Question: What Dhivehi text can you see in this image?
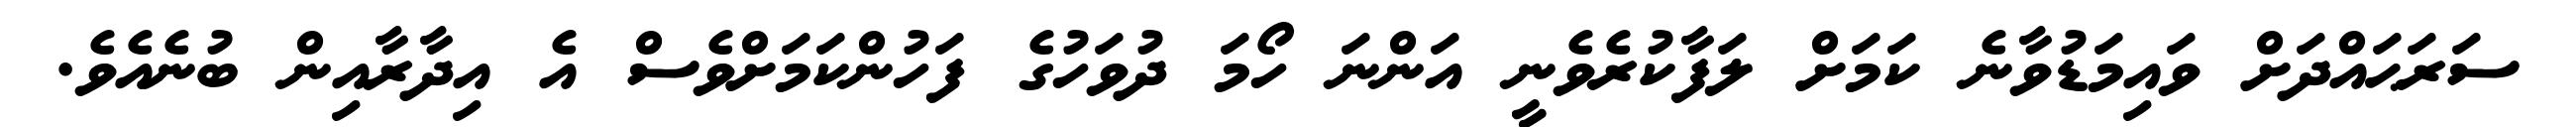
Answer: ސަރަޙައްދަށް ވައިމަޑުވާނެ ކަމަށް ލަފާކުރެވެނީ އަންނަ ހޯމަ ދުވަހުގެ ފަހުންކަމަށްވެސް އެ އިދާރާއިން ބުނެއެވެ.